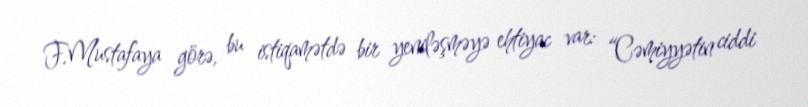
F.Mustafaya görə, bu istiqamətdə bir yeniləşməyə ehtiyac var: “Cəmiyyətin ciddi